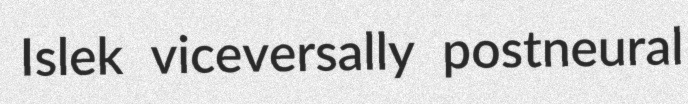
Islek viceversally postneural